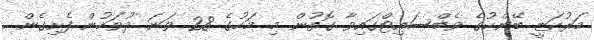
މަރުކަޒީ ބޭންކުގެ ވެބްސައިޓްގައިވާ ގޮތުން މި މަހުގެ 28 ވަނަ ދުވަހުން ފެށިގެން